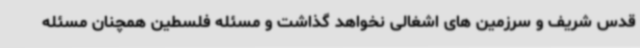
قدس شریف و سرزمین های اشغالی نخواهد گذاشت و مسئله فلسطین همچنان مسئله